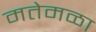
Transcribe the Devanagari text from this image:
मतेमळा